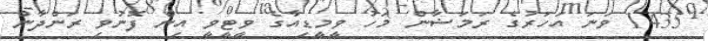
1435 ވަނަ އަހަރުގެ ރަމަޟާން މަހު ވީމީޑިއާގެ ވީޓީވީ އިން ފޮނުވި ރަންދާން